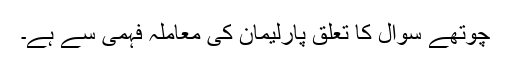
چوتھے سوال کا تعلق پارلیمان کی معاملہ فہمی سے ہے۔